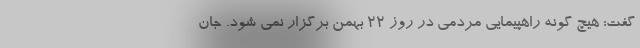
گفت: هیچ گونه راهپیمایی مردمی در روز ۲۲ بهمن برگزار نمی شود. جان